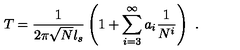
T = \frac { 1 } { 2 \pi \sqrt { N } l _ { s } } \left( 1 + \sum _ { i = 3 } ^ { \infty } a _ { i } \frac { 1 } { N ^ { i } } \right) \ .